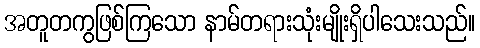
အတူတကွဖြစ်ကြသော နာမ်တရားသုံးမျိုးရှိပါသေးသည်။